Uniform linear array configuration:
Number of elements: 48
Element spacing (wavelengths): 0.5
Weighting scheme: hamming
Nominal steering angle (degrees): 15
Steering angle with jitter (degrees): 16.229
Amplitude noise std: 0.05
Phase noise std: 0.05

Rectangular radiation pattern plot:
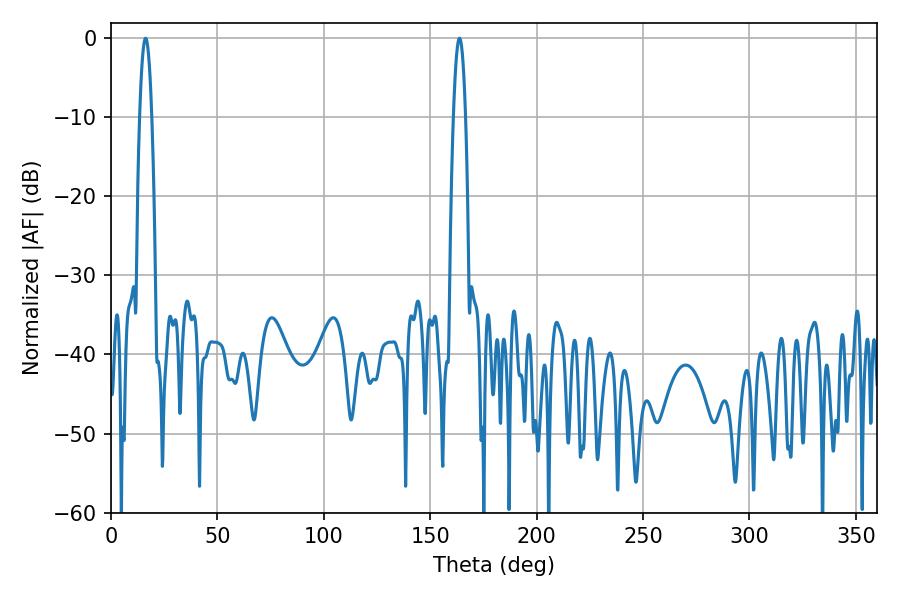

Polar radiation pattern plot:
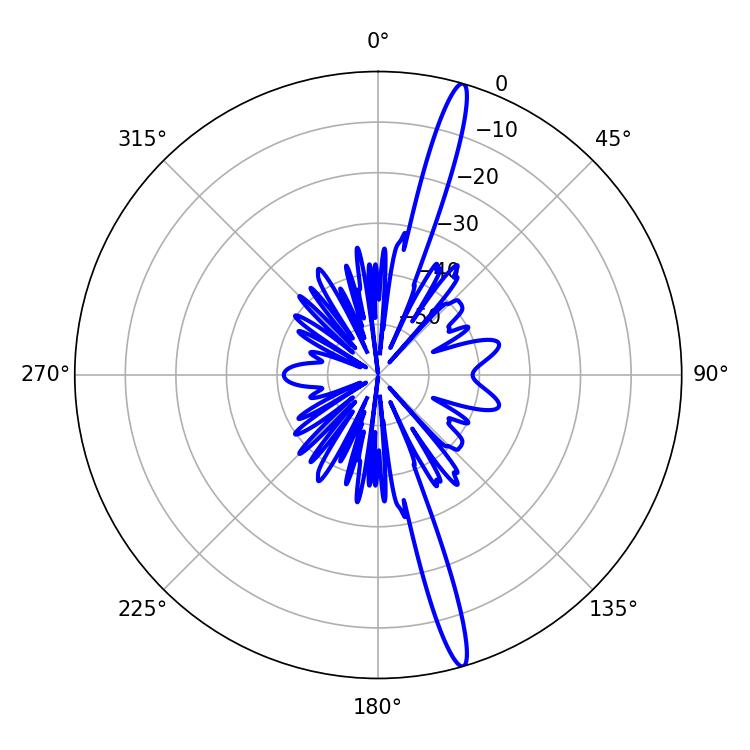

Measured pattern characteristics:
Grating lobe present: FALSE
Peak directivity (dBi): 17.743
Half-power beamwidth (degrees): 3.06
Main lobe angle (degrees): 16.2